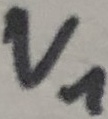
Text: V1